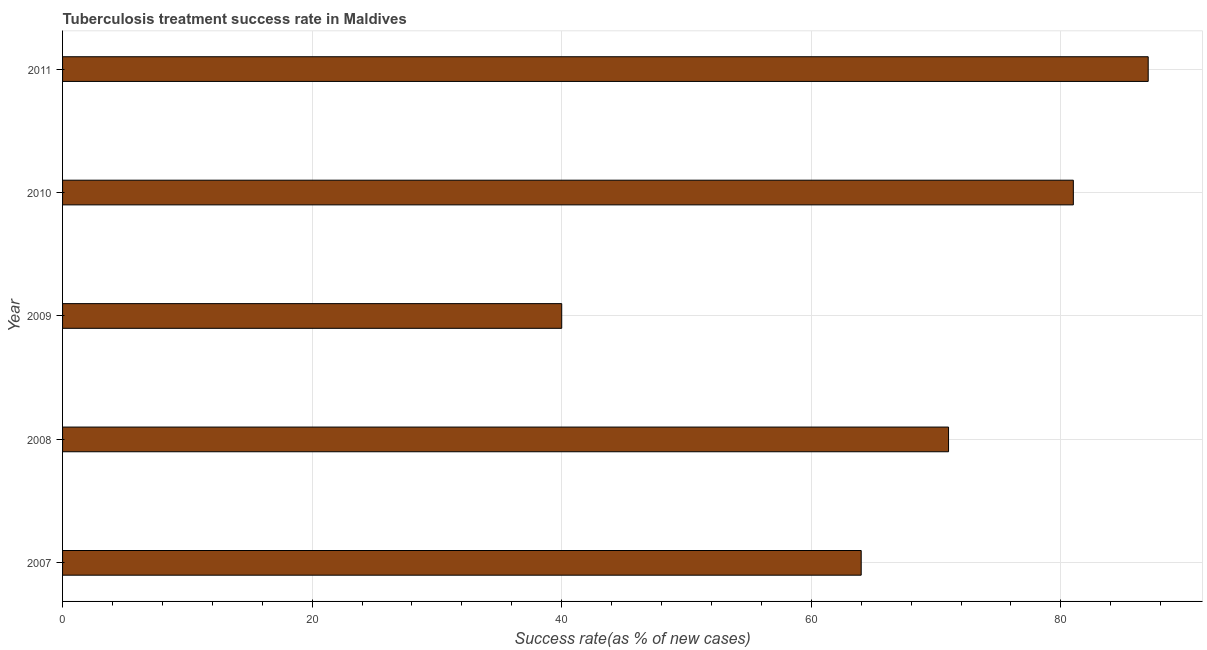
| Year | Tuberculosis treatment success rate |
 | --- | --- |
 | 2007 | 64 |
 | 2008 | 71 |
 | 2009 | 40 |
 | 2010 | 81 |
 | 2011 | 87 |